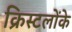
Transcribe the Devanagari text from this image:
क्रिस्टलोंके